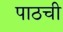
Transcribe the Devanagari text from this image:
पाठची